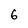
Character: 6